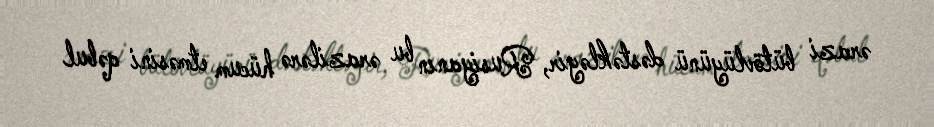
ərazi bütövlüyünü dəstəkləyir, Rusiyanın bu ərazilərə hücum etməsini qəbul